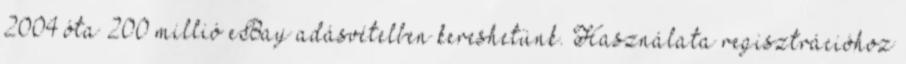
2004 óta 200 millió eBay adásvételben kereshetünk. Használata regisztrációhoz